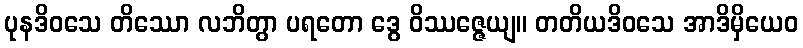
ပုနဒိဝသေ တိဿော လဘိတွာ ပရတော ဒွေ ဝိဿဇ္ဇေယျ။ တတိယဒိဝသေ အာဒိမှိယေဝ